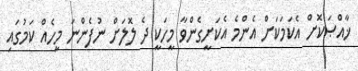
ޚާއްޞަކޮށް އެކަމަކަށް އެންމެ އެކަށީގެންވާ މީހަކީ ދެ ލޮލަށް ނުފެންނަ މީހެއް ކަމުގައި